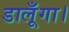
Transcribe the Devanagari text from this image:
डालूँगा।